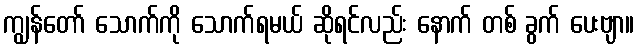
ကျွန်တော် သောက်ကို သောက်ရမယ် ဆိုရင်လည်း နောက် တစ် ခွက် ပေးဗျာ။